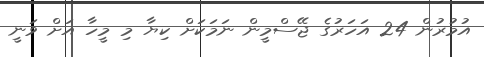
އުމުރުން 24 އަހަރުގެ ޖޭސްމީން ނަމަކަށް ކިޔާ މި މީހާ އަށް ވަނީ